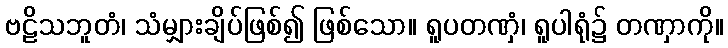
ဗဠိသဘူတံ၊ သံမျှားချိပ်ဖြစ်၍ ဖြစ်သော။ ရူပတဏှံ၊ ရူပါရုံ၌ တဏှာကို။